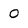
Character: O